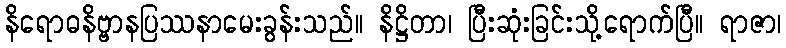
နိရောဓနိဗ္ဗာနပြဿနာမေးခွန်းသည်။ နိဋ္ဌိတာ၊ ပြီးဆုံးခြင်းသို့ရောက်ပြီ။ ရာဇာ၊